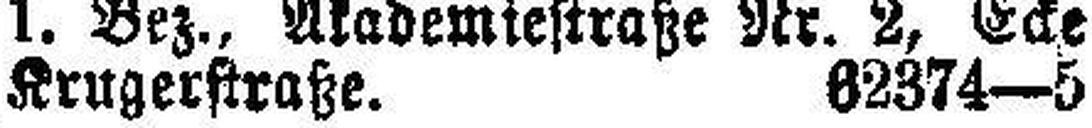
Krugerstraße. 82374—5